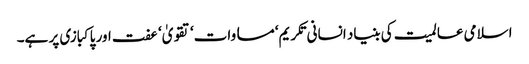
اسلامی عالمیت کی بنیاد انسانی تکریم‘ مساوات‘ تقویٰ‘ عفت اور پاکبازی پر ہے۔